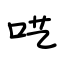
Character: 呓